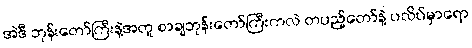
အဲဒီ ဘုန်းတော်ကြီးနဲ့အတူ စာချဘုန်းတော်ကြီးကလဲ တပည့်တော်နဲ့ ပလိပ်မှာရော